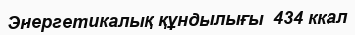
Энергетикалық құндылығы  434 ккал